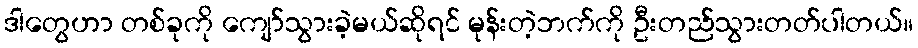
ဒါတွေဟာ တစ်ခုကို ကျော်သွားခဲ့မယ်ဆိုရင် မုန်းတဲ့ဘက်ကို ဦးတည်သွားတတ်ပါတယ်။